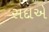
સદાએ